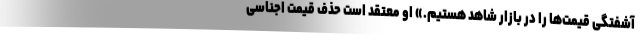
آشفتگی قیمت‌ها را در بازار شاهد هستیم.» او معتقد است حذف قیمت اجناسی